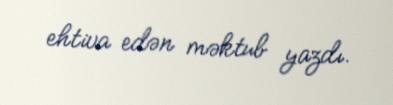
ehtiva edən məktub yazdı.